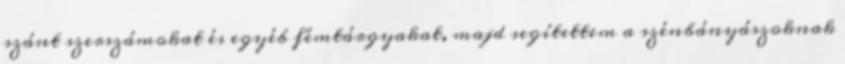
szánt szerszámokat és egyéb fémtárgyakat, majd segítettem a szénbányászoknak